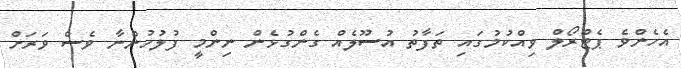
އެހެންވެ ޕެޓްރޯލް ވިއްކުމުގައި ތަފާތު އުސޫލެއް ގެންގުޅެން ނިންމީ ފުލުހުންނާ ވެސް ވަރަށް